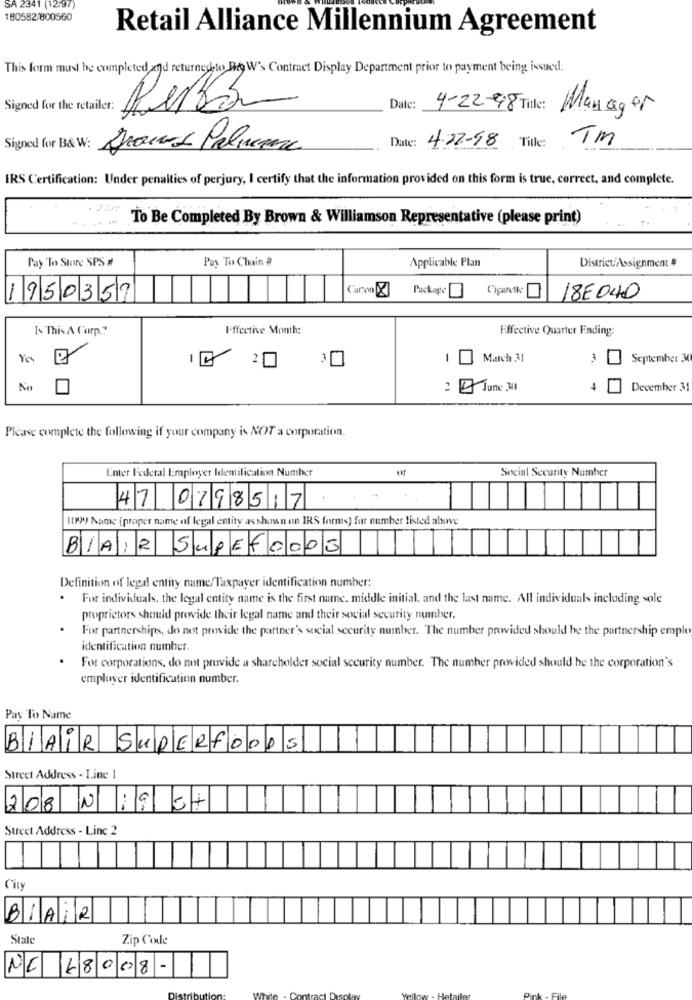
SA 2341 (12-9
180582/800560
Retail Alliance Millennium Agreement
This form must be completed and returned to Bey W's Contract Display Department prior to payment being issued.
Signed for the retailer:
Date:
4-22-98 Title: Manager
Date:
TM
Signed for B& W:
Draws Palincure
4.22-48 Title:
IRS Certification: Under penalties of perjury, I certify that the information provided on this form is true, correct, and complete.
To Be Completed By Brown & Williamson Representative (please print)
Pay To Store SPS #
Pay To Chain #
Applicable Plan
District/Assignment #
Ciparck
1950357
18E 040
Is This A C'arp."
Ieffective Month:
Effective Quarter Ending:
Yes
14 20
-
March 31
3 0
September 3
No
2 5 June 30
4
December 31
Please complete the following if your company is NOT a corporation.
Enter Federal Employer Identification Number
Social Security Number
47 0798517
It199 Name (proper name of legal entity as shown on IRS forms) for number listed above
BLAIR SuPET0003
Definition of legal entity name/Taxpayer identification number:
For individuals. the legal entity name is the first name. middle initial. and the last name. All individuals including sole
proprietors should provide their legal name and their social security number.
For partnerships, do not provide the partner's social security number. The number provided should be the partnership emple
identification number.
For corporations, do not provide a shareholder social security number. The number provided should be the corporation's
employer identification number.
Pay To Name
BLAIR SUPERFOODS
Street Address - Line 1
208 N 19 34
Street Address - Line 2
City
BiAiR
State
Zip Code
NE 18008-